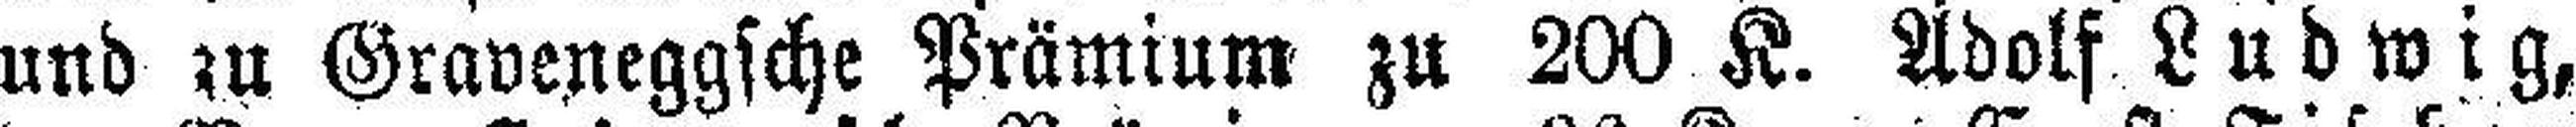
und zu Graveneggsche Prämium zu 200 K. Adolf Ludwig,